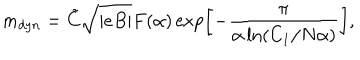
LaTeX: m _ { d y n } = \tilde { C } \sqrt { | e B | } F ( \alpha ) \exp \left[ - \frac { \pi } { \alpha \ln \left( C _ { 1 } / N \alpha \right) } \right] ,